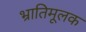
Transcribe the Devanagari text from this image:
भ्रातिमूलक